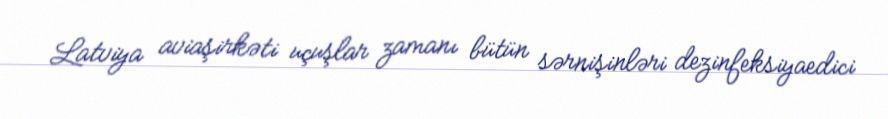
Latviya aviaşirkəti uçuşlar zamanı bütün sərnişinləri dezinfeksiyaedici